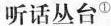
听话丛台^{①}